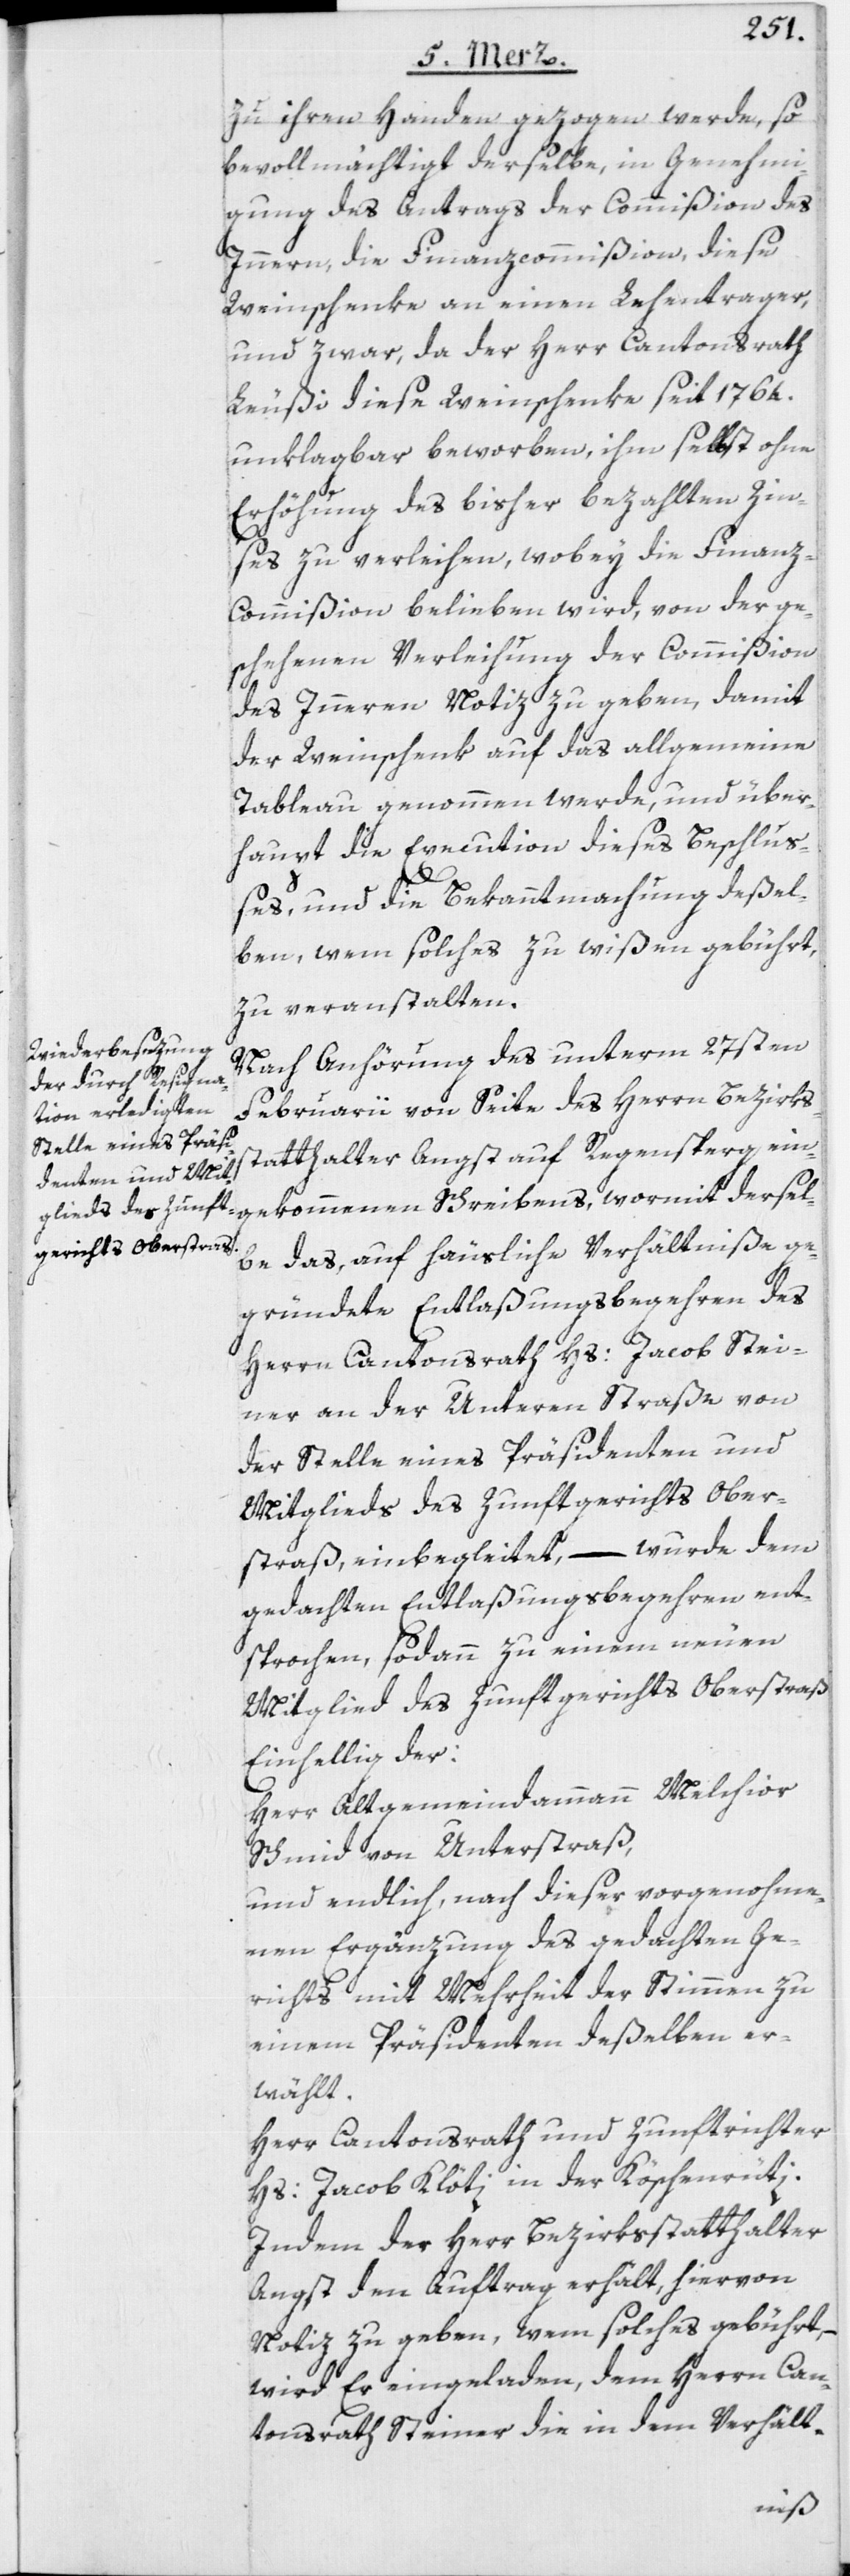
zu ihren Handen gezogen werde, so
bevollmächtigt derselbe, in Genehmi¬
gung des Antrags der Commißion des
Innern, die Finanzcommißion, diese
Weinschenke an einen Lehentrager,
und zwar, da der Herr Cantonsrath
Leußi diese Weinschenke seit 1764.
unklagbar beworben, ihm selbst ohne
Erhöhung des bisher bezahlten Zin¬
ses zu verleihen, wobey die Finanz-C¬
ommißion belieben wird, von der ge¬
schehenen Verleihung der Commißion
des Inneren Notiz zu geben, damit
der Weinschenk auf das allgemeine
Tableau genommen werde, und über¬
haupt die Execution dieses Beschluß¬
es, und die Bekanntmachung deßel¬
ben, wem solches zu wißen gebührt,
zu veranstalten.
Nach Anhörung des unterm 27sten
Februarii von Seite des Herrn Bezirks¬
statthalter Angst auf Regensperg ein¬
gekommenen Schreibens, wormit dersel¬
be das, auf häusliche Verhältniße ge¬
gründete Entlaßungsbegehren des
Herrn Cantonsrath Hs: Jacob Stei¬
ner an der Unteren Straße von
der Stelle eines Präsidenten und
Mitglieds des Zunftgerichts Ober¬
straß, einbegleitet, – wurde dem
gedachten Entlaßungsbegehren ent¬
sprochen, sodann zu einem neuen
Mitglied des Zunftgerichts Oberstraß
Einhellig der:
Herr Altgemeindammann Melchior
Schmid von Unterstraß,
und endlich, nach dieser vorgenohme¬
nen Ergänzung des gedachten Ge¬
richts mit Mehrheit der Stimmen zu
einem Präsidenten deßelben er¬
wählt.
Herr Cantonsrath und Zunftrichter
Hs: Jacob Klöti in der Köschenrüti.
Indem der Herr Bezirksstatthalter
Angst den Auftrag erhält, hiervon
Notiz zu geben, wem solches gebührt, –
wird Er eingeladen, dem Herrn Can¬
tonsrath Steiner die in dem Verhält-